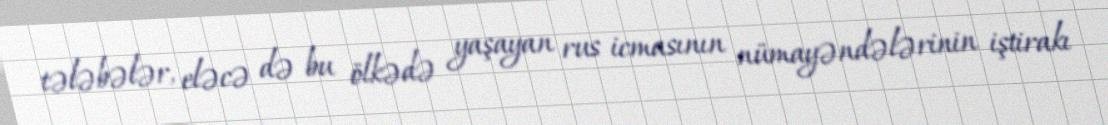
tələbələr, eləcə də bu ölkədə yaşayan rus icmasının nümayəndələrinin iştirakı